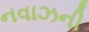
નવાઝની